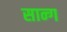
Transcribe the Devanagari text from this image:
सान्ग